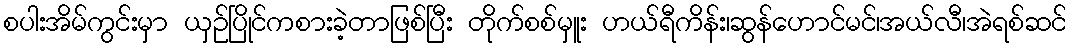
စပါးအိမ်ကွင်းမှာ ယှဉ်ပြိုင်ကစားခဲ့တာဖြစ်ပြီး တိုက်စစ်မှူး ဟယ်ရီကိန်း၊ဆွန်ဟောင်မင်၊အယ်လီ၊အဲရစ်ဆင်